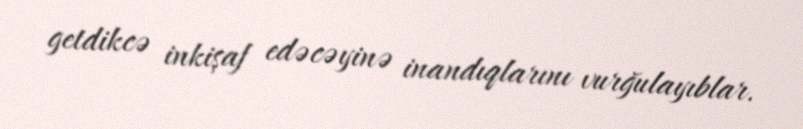
getdikcə inkişaf edəcəyinə inandıqlarını vurğulayıblar.